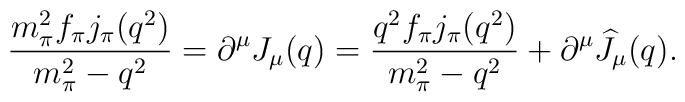
\displaystyle{\frac{m_{\pi}^2f_{\pi} j_{\pi}(q^2)} {m_{\pi}^2-q^2}= \partial^{\mu} J_{\mu}(q) =\frac{q^2f_{\pi} j_{\pi}(q^2)}{m_{\pi}^2-q^2}+\partial^{\mu} \widehat J_{\mu}(q). }